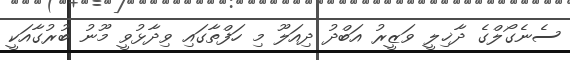
ސެނެގޯލްގެ ދާޚިލީ ވަޒީރު އަބްދު ދިއަލޫ މި ހަފްތާގައި ވިދާޅުވީ މޫނު ބުރުގާއަކީ